Punjab Mental Hospital Lahore 1932-46 - 1932-1946
Year: 1932
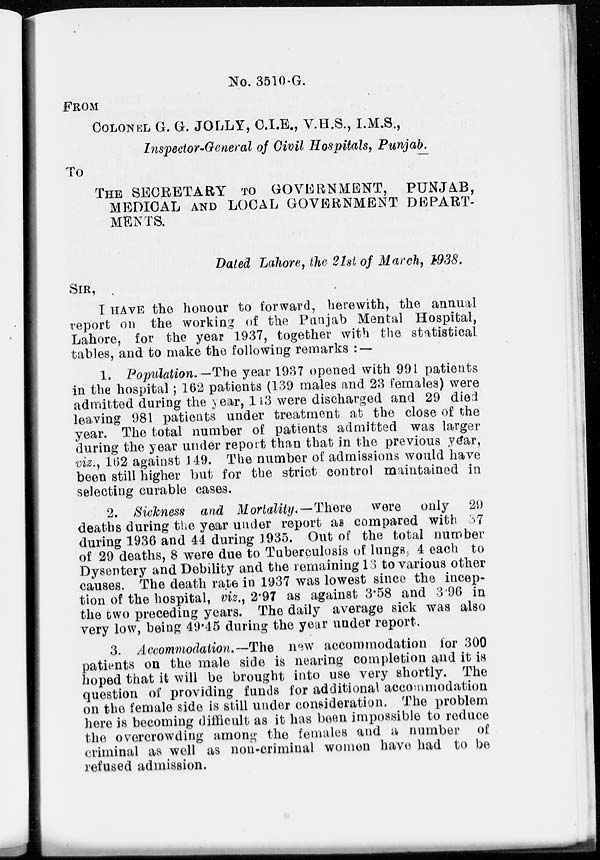
No. 3510-G.
FROM
COLONEL G. G. JOLLY, C.I.E., V.H.S., I.M.S.,
Inspector-General of Civil Hospitals, Punjab.
To
THE SECRETARY TO GOVERNMENT, PUNJAB,
MEDICAL AND LOCAL GOVERNMENT DEPART-
MENTS.
Dated Lahore, the 21st of March, 1938.
SIR,
I HAVE the honour to forward, herewith, the annual
report on the working of the Punjab Mental Hospital,
Lahore, for the year 1937, together with the statistical
tables, and to make the following remarks : —
1. Population.— The year 1937 opened with 991 patients
in the hospital; 162 patients (139 males and 23 females) were
admitted during the year, 143 were discharged and 29 died
leaving 981 patients under treatment at the close of the
year. The total number of patients admitted was larger
during the year under report than that in the previous year,
viz., 162 against 149. The number of admissions would have
been still higher but for the strict control maintained in
selecting curable cases.
2. Sickness and Mortality.—There
were only 29
deaths during the year under report as compared with 37
during 1936 and 44 during 1935. Out of the total number
of 29 deaths, 8 were due to Tuberculosis of lungs, 4 each to
Dysentery and Debility and the remaining 13 to various other
causes. The death rate in 1937 was lowest since the incep-
tion of the hospital, viz., 2.97 as against 3.58 and 3.96 in
the two preceding years. The daily average sick was also
very low, being 49.45 during the year under report.
3. Accommodation.—The new accommodation for 300
patients on the male side is nearing completion and it is
hoped that it will be brought into use very shortly. The
question of providing funds for additional accommodation
on the female side is still under consideration. The problem
here is becoming difficult as it has been impossible to reduce
the overcrowding among the females and a number of
criminal as well as non-criminal women have had to be
refused admission.